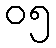
၀၅